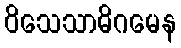
ဝိသေသာဓိဂမေန